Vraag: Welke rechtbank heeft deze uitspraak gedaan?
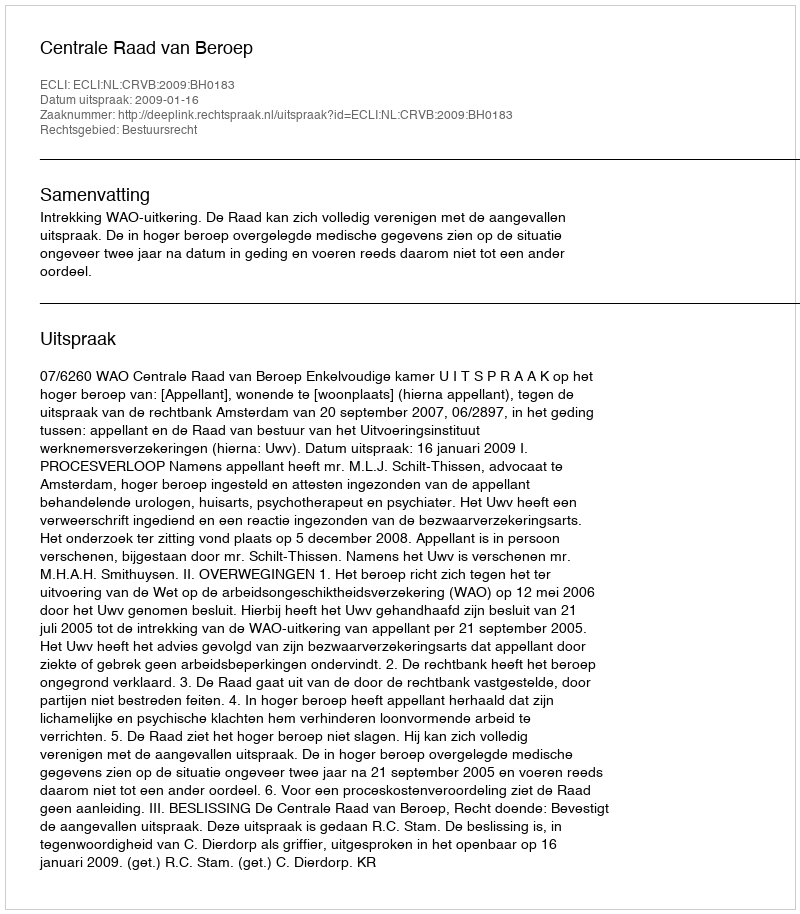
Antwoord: Centrale Raad van Beroep